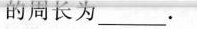
的周长为___.